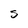
Character: S